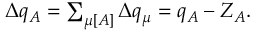
\begin{array} { r } { \Delta q _ { A } = \sum _ { \mu [ A ] } \Delta q _ { \mu } = q _ { A } - Z _ { A } . } \end{array}